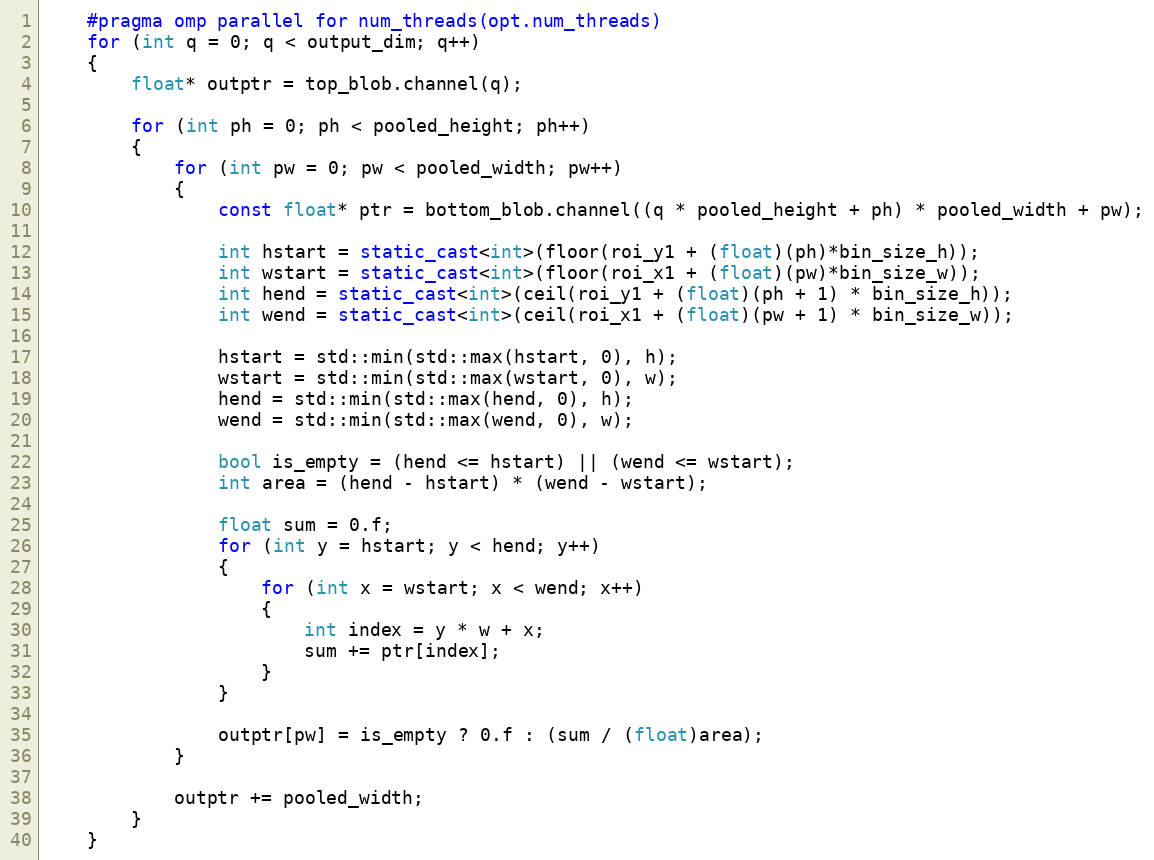
Language: C++
    #pragma omp parallel for num_threads(opt.num_threads)
    for (int q = 0; q < output_dim; q++)
    {
        float* outptr = top_blob.channel(q);

        for (int ph = 0; ph < pooled_height; ph++)
        {
            for (int pw = 0; pw < pooled_width; pw++)
            {
                const float* ptr = bottom_blob.channel((q * pooled_height + ph) * pooled_width + pw);

                int hstart = static_cast<int>(floor(roi_y1 + (float)(ph)*bin_size_h));
                int wstart = static_cast<int>(floor(roi_x1 + (float)(pw)*bin_size_w));
                int hend = static_cast<int>(ceil(roi_y1 + (float)(ph + 1) * bin_size_h));
                int wend = static_cast<int>(ceil(roi_x1 + (float)(pw + 1) * bin_size_w));

                hstart = std::min(std::max(hstart, 0), h);
                wstart = std::min(std::max(wstart, 0), w);
                hend = std::min(std::max(hend, 0), h);
                wend = std::min(std::max(wend, 0), w);

                bool is_empty = (hend <= hstart) || (wend <= wstart);
                int area = (hend - hstart) * (wend - wstart);

                float sum = 0.f;
                for (int y = hstart; y < hend; y++)
                {
                    for (int x = wstart; x < wend; x++)
                    {
                        int index = y * w + x;
                        sum += ptr[index];
                    }
                }

                outptr[pw] = is_empty ? 0.f : (sum / (float)area);
            }

            outptr += pooled_width;
        }
    }